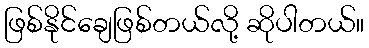
ဖြစ်နိုင်ချေဖြစ်တယ်လို့ ဆိုပါတယ်။